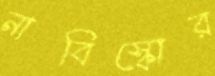
নাবিস্কোর